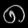
Digit: ၈